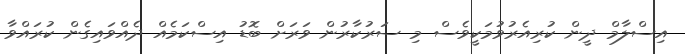
އިސްލާމް ދީން ކުރިއެރުވުމަކީވެސް މި ސަރުކާރުން ވަރަށް ބޮޑު އިސްކަމެއް ދެއްވައިގެން ކުރައްވާ